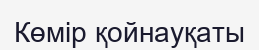
Көмір қойнауқаты